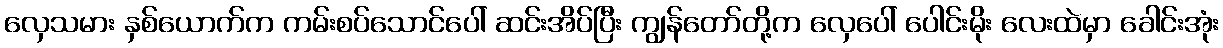
လှေသမား နှစ်ယောက်က ကမ်းစပ်သောင်ပေါ် ဆင်းအိပ်ပြီး ကျွန်တော်တို့က လှေပေါ် ပေါင်းမိုး လေးထဲမှာ ခေါင်းအုံး